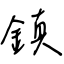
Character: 鎮